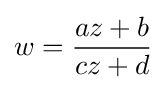
w={\frac {az+b}{cz+d}}